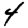
Digit: 4